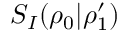
S _ { I } ( \rho _ { 0 } | \rho _ { 1 } ^ { \prime } )